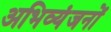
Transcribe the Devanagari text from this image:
अभिव्यंजनों